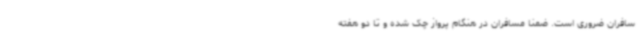
سافران ضروری است. ضمنا مسافران در هنگام پرواز چک شده و تا دو هفته